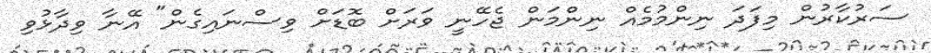
ސަރުކާރުން މިފަދަ ނިންމުމެއް ނިންމަން ޖެހޭނީ ވަރަށް ބޮޑަށް ވިސްނައިގެން" އޭނާ ވިދާޅުވި